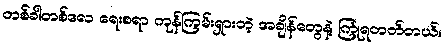
တစ်ခါတစ်လေ ရေးစရာ ကုန်ကြမ်းရှားတဲ့ အချိန်တွေနဲ့ ကြုံရတတ်တယ်။